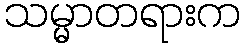
သမ္မာတရားက